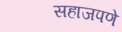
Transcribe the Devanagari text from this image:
सहाजपणे